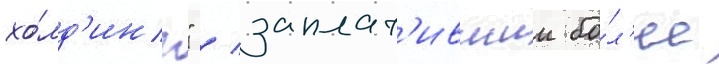
хо́лд'инг" / заплат'ившии бо́л'ее